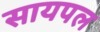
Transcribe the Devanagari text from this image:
सायपल